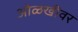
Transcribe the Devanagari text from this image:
ओळखीवर